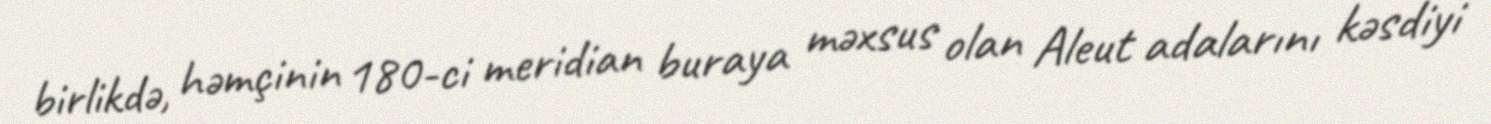
birlikdə, həmçinin 180-ci meridian buraya məxsus olan Aleut adalarını kəsdiyi